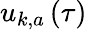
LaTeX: u_{k,a}\left(\tau\right)